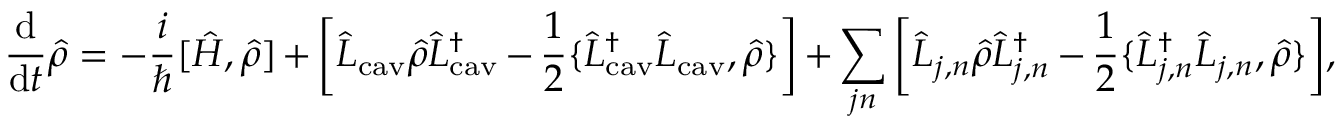
\frac { \mathrm { d } } { \mathrm { d } t } \hat { \rho } = - \frac { i } { \hbar } [ \hat { H } , \hat { \rho } ] + \bigg [ \hat { L } _ { \mathrm { c a v } } \hat { \rho } \hat { L } _ { \mathrm { c a v } } ^ { \dag } - \frac { 1 } { 2 } \{ \hat { L } _ { \mathrm { c a v } } ^ { \dag } \hat { L } _ { \mathrm { c a v } } , \hat { \rho } \} \bigg ] + \sum _ { j n } \bigg [ \hat { L } _ { j , n } \hat { \rho } \hat { L } _ { j , n } ^ { \dag } - \frac { 1 } { 2 } \{ \hat { L } _ { j , n } ^ { \dag } \hat { L } _ { j , n } , \hat { \rho } \} \bigg ] ,